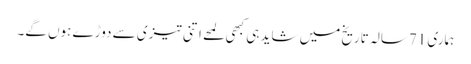
ہماری 71سالہ تاریخ میں شاید ہی کبھی لمحے اتنی تیزی سے دوڑے ہوں گے۔